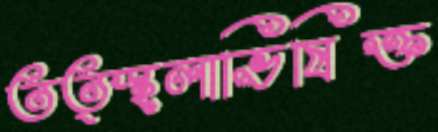
তত্স্হলাভিষিক্ত